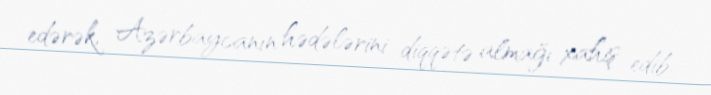
edərək, Azərbaycanın hədələrini diqqətə almağı xahiş edib.